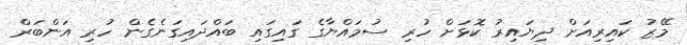
މޭޒު ކައިރިއަށް ދިޔައިރު ކޮޅަށް ހުރި ސުމައްޔާގެ ގައިގައި ބައްދައިގަނެގެން ހުރި އަންބަރް